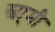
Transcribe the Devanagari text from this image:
स्वा्मी